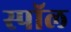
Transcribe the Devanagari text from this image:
स्पॉल